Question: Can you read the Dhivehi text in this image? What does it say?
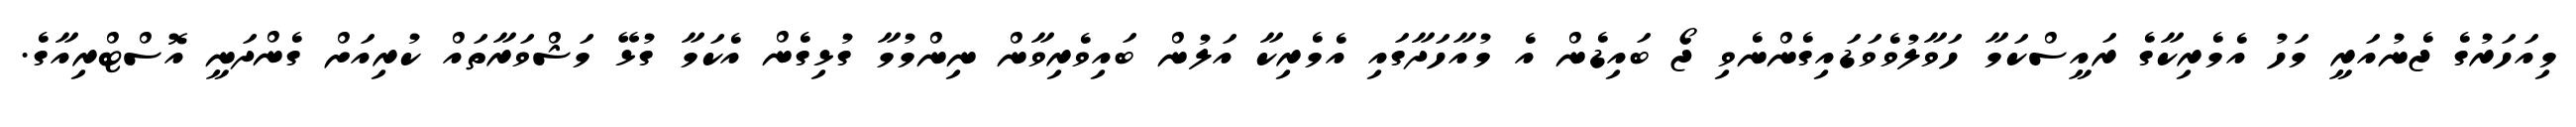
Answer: މިއަހަރުގެ ޖެނުއަރީ މަހު އެމެރިކާގެ ރައީސްކަމާ ހަވާލުވެވަޑައިގެންނެވި ޖޯ ބައިޑެން އެ މުއާހަދާގައި އެމެރިކާ އަލުން ބައިވެރިވާން ނިންމުމާ ގުޅިގެން އެކަމާ ގުޅޭ މަޝްވަރާތައް ކުރިއަށް ގެންދަނީ އޮސްޓްރިއާގެ.